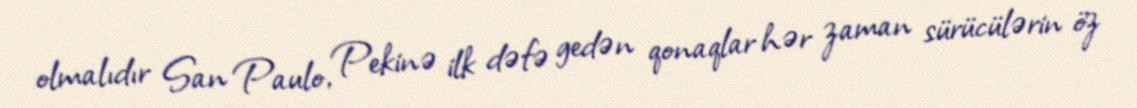
olmalıdır San Paulo, Pekinə ilk dəfə gedən qonaqlar hər zaman sürücülərin öz